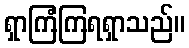
ရှာကြံကြရရှာသည်။